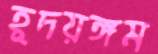
হূদয়ঙ্গম